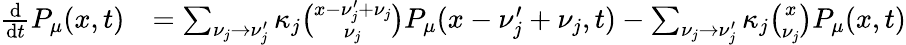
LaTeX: \begin{array}{rl}{\frac{\mathrm d}{\mathrm dt}P_{\mu}(x,t)}&{=\sum_{\nu_{j}\to\nu_{j}^{\prime}}\kappa_{j}\binom{x-\nu_{j}^{\prime}+\nu_{j}}{\nu_{j}}P_{\mu}(x-\nu_{j}^{\prime}+\nu_{j},t)-\sum_{\nu_{j}\to\nu_{j}^{\prime}}\kappa_{j}\binom{x}{\nu_{j}}P_{\mu}(x,t)}\end{array}